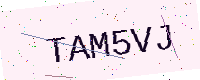
Text: TAM5VJ